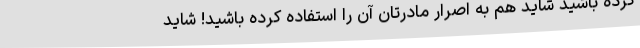
کرده باشید شاید هم به اصرار مادرتان آن را استفاده کرده باشید! شاید